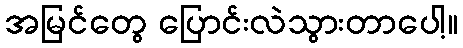
အမြင်တွေ ပြောင်းလဲသွားတာပေါ့။